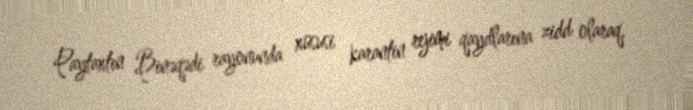
Paytaxtın Binəqədi rayonunda xüsusi karantin rejimi qaydlarına zidd olaraq,